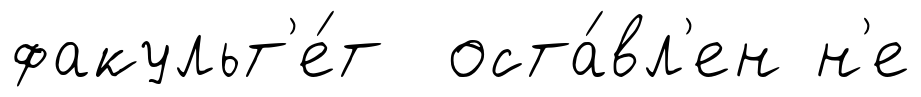
факульт'е́т оста́вл'ен н'е